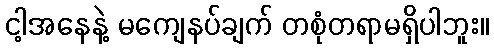
ငါ့အနေနဲ့ မကျေနပ်ချက် တစုံတရာမရှိပါဘူး။